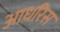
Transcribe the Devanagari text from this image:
आधरिस